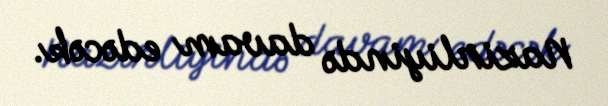
Nazirliyində davam edəcək.